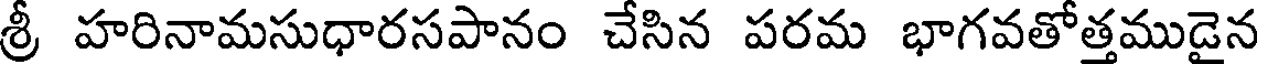
శ్రీ హరినామసుధారసపానం చేసిన పరమ భాగవతోత్తముడైన